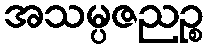
အသမ္ပဇညဉ္စ